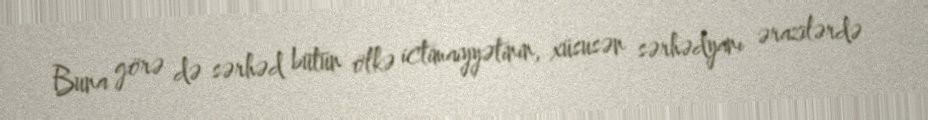
Buna görə də sərhəd bütün ölkə ictimaiyyətinin, xüsusən sərhədyanı ərazilərdə